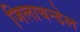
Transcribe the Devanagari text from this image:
जिलाचन्डेल